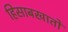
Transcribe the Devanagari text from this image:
हिसाबखातों